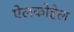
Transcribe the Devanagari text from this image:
ऐलकोहेल